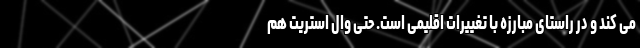
می کند و در راستای مبارزه با تغییرات اقلیمی است. حتی وال استریت هم